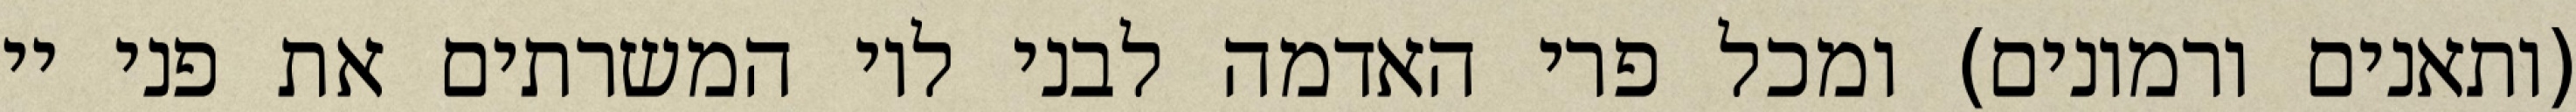
(ותאנים ורמונים) ומכל פרי האדמה לבני לוי המשרתים את פני יי